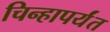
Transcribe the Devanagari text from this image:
चिन्हापर्यंत